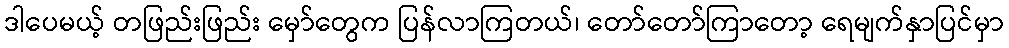
ဒါပေမယ့် တဖြည်းဖြည်း မှော်တွေက ပြန်လာကြတယ်၊ တော်တော်ကြာတော့ ရေမျက်နှာပြင်မှာ